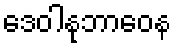
ဒေဝါနုဘာဝေန